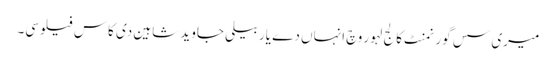
میری سس گورنمنٹ کالج لہور وچ انہاں دے یار بیلی جاوید شاہین دی کاس فیلوسی۔